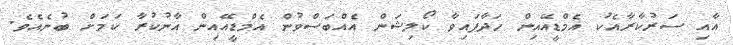
އާއި ސަރުކާރާއެކު އެމްޑީއޭއިން ހަދާފައިވާ ކޯލިޝަން އެއްބަސްވުން އެމްޑީއޭއިން އާނުކުރާ ކަމަށް ބުނެއެވެ.